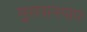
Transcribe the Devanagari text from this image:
सुरापानपाप